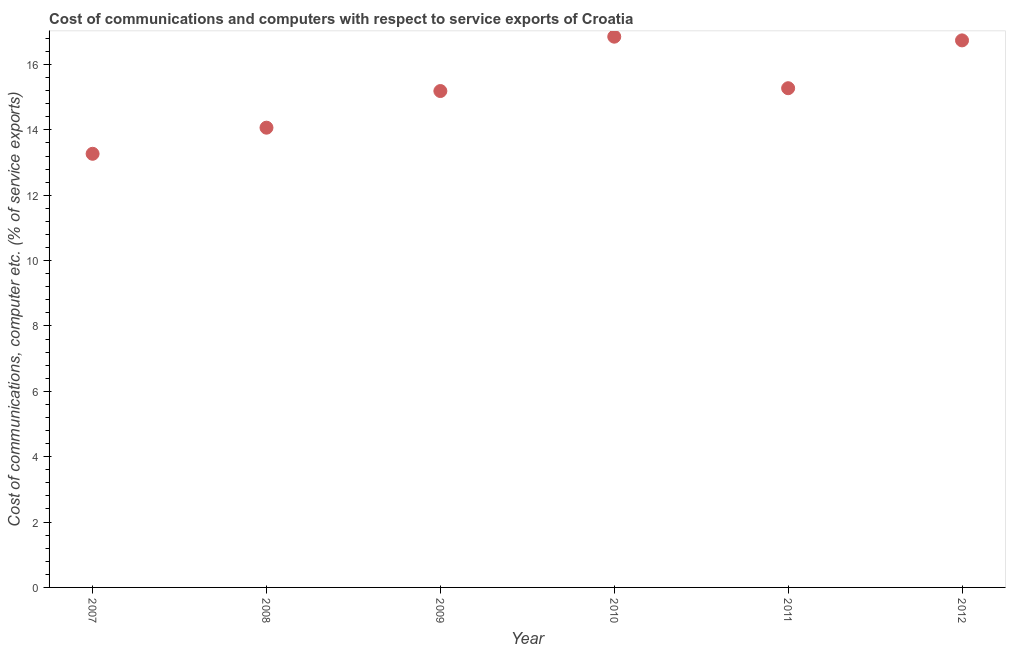
| Year | Communications |
 | --- | --- |
 | 2007 | 13.3 |
 | 2008 | 14.1 |
 | 2009 | 15.2 |
 | 2010 | 16.9 |
 | 2011 | 15.3 |
 | 2012 | 16.7 |